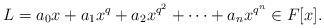
\begin{align*}L=a_0x+a_1x^q+a_2x^{q^2}+\cdots+a_n x^{q^n} \in F[x].\end{align*}